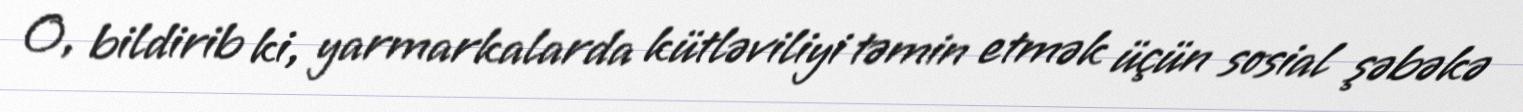
O, bildirib ki, yarmarkalarda kütləviliyi təmin etmək üçün sosial şəbəkə